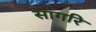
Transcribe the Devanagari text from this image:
सागरि